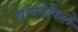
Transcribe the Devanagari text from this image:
थानडेकिले